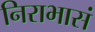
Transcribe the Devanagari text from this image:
निराभासं